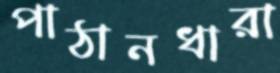
পাঠানধারা